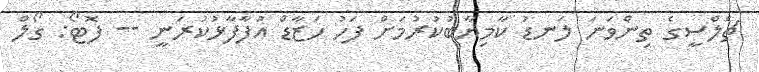
ޗެލްސީގެ ތިންވަނަ ލަނޑު ކާމިޔާބުކުރުމަށް ފަހު ހަޒާޑް އުފާފާޅުކުރަނީ -- ފޮޓޯ: ގޯލް